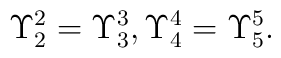
\Upsilon _{2}^{2}=\Upsilon _{3}^{3},\Upsilon _{4}^{4}=\Upsilon _{5}^{5}.